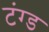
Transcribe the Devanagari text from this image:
टंग्ड